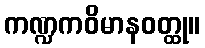
ကဏ္ဍကဝိမာနဝတ္ထု။